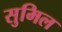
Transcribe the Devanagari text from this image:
सुमिल